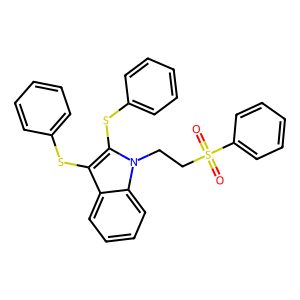
SMILES: O=S(=O)(CCn1c(Sc2ccccc2)c(Sc2ccccc2)c2ccccc21)c1ccccc1
Inhibits HIV replication: No